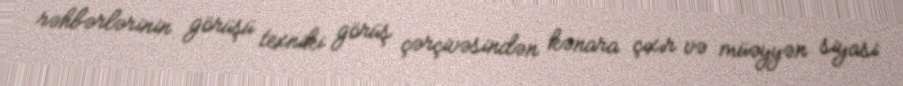
rəhbərlərinin görüşü texniki görüş çərçivəsindən kənara çıxır və müəyyən siyasi